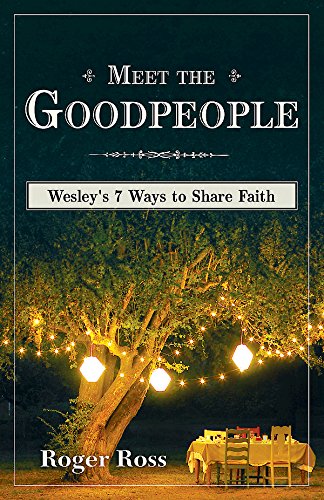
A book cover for Meet the Goodpeople: Wesley's Seven Ways to Share Faith; Roger Ross; Christian Books & Bibles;